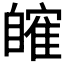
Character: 𦤤